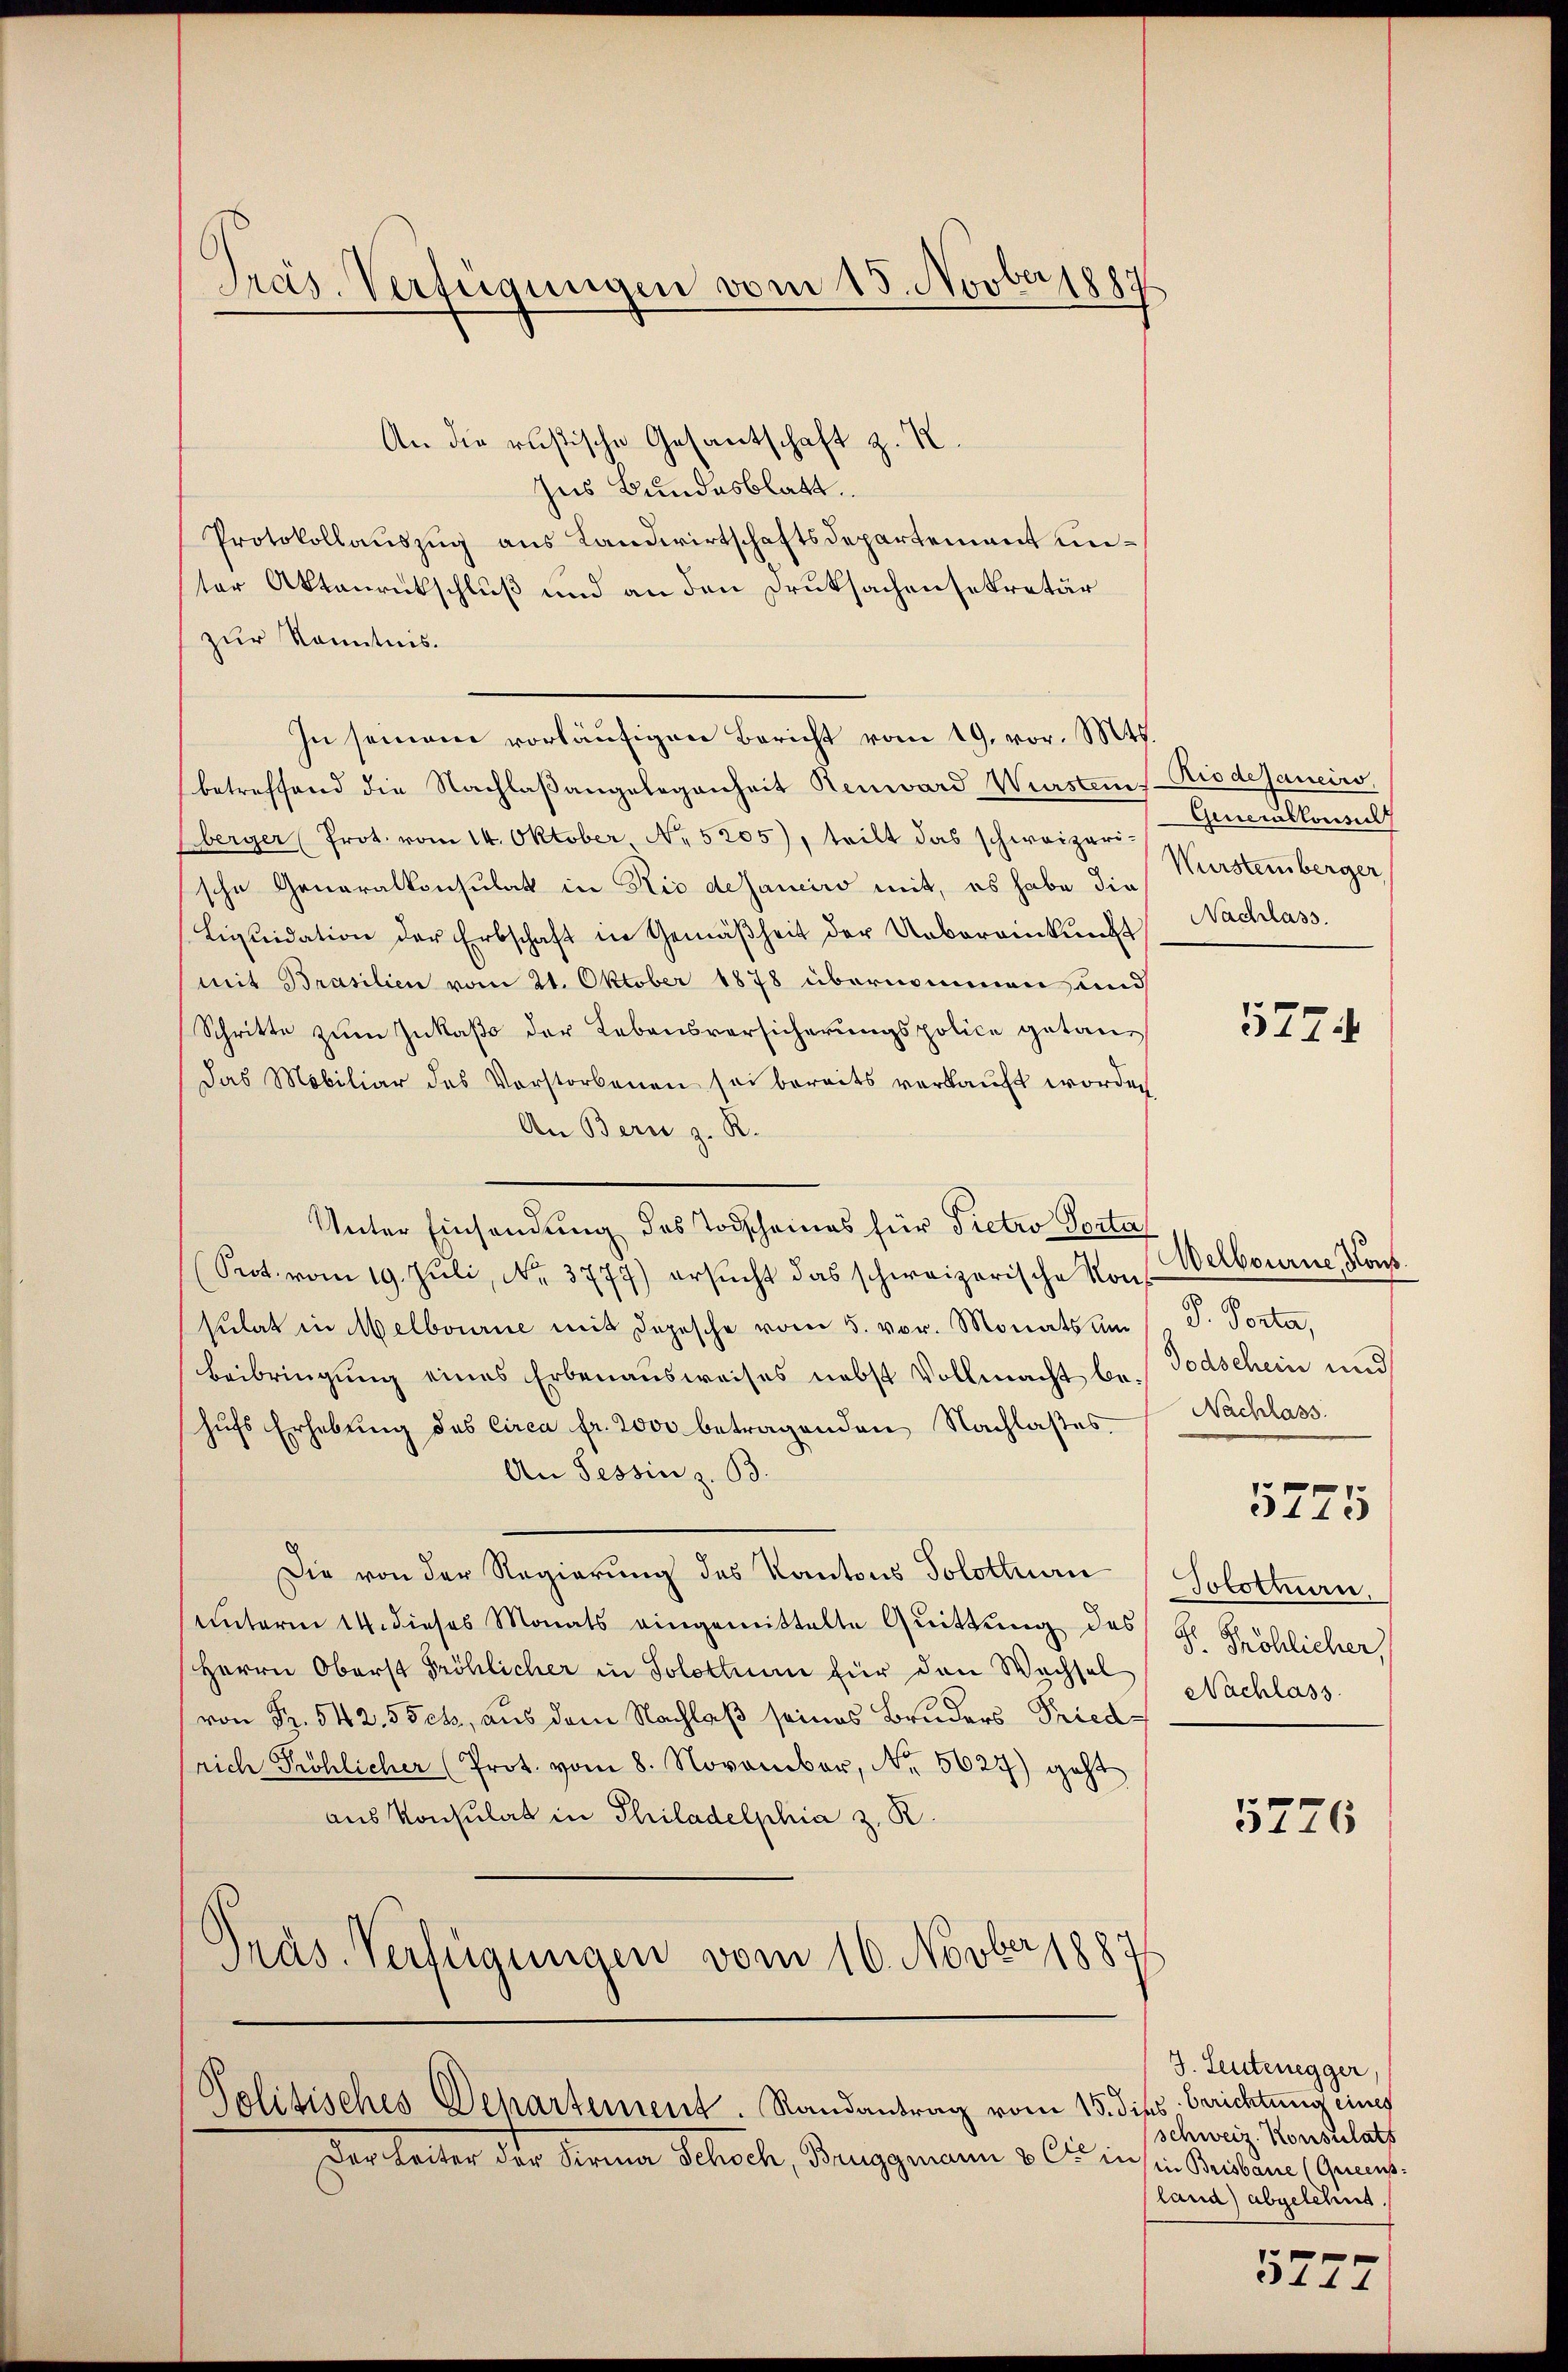
Präs. Verfügungen vom 15. Novbergy

An die rusische Gesantschaft z. R.
Ius Bundesblatt
Protokollauszug aus Landwirtschaftsdepartement unter Aktaurikschluß und an den Druksachensekretär
zur Kenntnis.
In seinem vorläufigen Bericht vom 19. vor. Mts.
betreffend die Nachlaßangelegenheit Renward Wurstems-Riodejancirs,
Eberger (Prot. vom 14. Oktober, No 5205), teilt das schweizeri-
sche Generalkonsulat in Rio desaneiro mit, es habe die
Liquidation der Erbschaft in Gemäßheit der Uebereinkunft
(mit Brasilien vom 21. Oktober 1878 übernommen und
Schritte zum Inkaso der Lebensversicherungspolice getan¬
Das Mobiliar des Vorstorbenen sei bereits verkauft worden
An Bern z. R.
Unter Einsendung des Todscheines für Pietro Porta
(Prot. vom 19. Juli, Nr. 3777) ersŭcht das schweizerische Kons
sulat in Melbourne mit Depesche vom 5. vor. Monats um 1 S. Porta,
Beibringung eines Erbenausweises nebst Vollmacht be- Todschein und
hŭfs Erhebŭng des Circa fr. 2000 betragenden Nachlasses Nachlass
An Tessin z. B.
Die von der Regierung des Kantons Solothurn Solotten.
unterm 14. dieses Monats eingemittelte Quittung des
Herrn Oberst fröhlicher in Solothurn für den Wachsel
von Fr. 542. 55ch, aus dem Nachlaß seines Bruders Friedsrich Fröhlicher (Prot. vom 8. November, Nr. 5627) geht
aus Konsulat in Philadelphia z. R.
Präs. Verfügungen vom 16. Novber 1887

Politisches Departement. Randantrag vom 15. dies berichtung eines
Der Seiter der Firma Schoch, Bruggmann & Cie in in Brudere Geners

Generalkonsul
Wurstemberger,
Nachlass.

577.

Welbourne, No.
5775
P. Fröhlicher
Nachlass

5776

J. Leutenegger
schweiz. Konsulats
land) abgelehnt.

e
3177